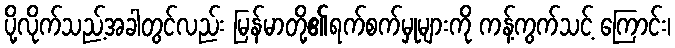
ပို့လိုက်သည့်အခါတွင်လည်း မြန်မာတို့၏ရက်စက်မှုများကို ကန့်ကွက်သင့် ကြောင်း၊